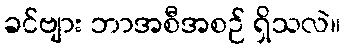
ခင်ဗျား ဘာအစီအစဉ် ရှိသလဲ။